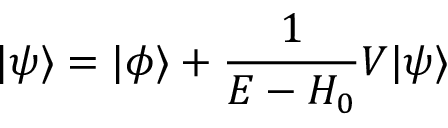
| \psi \rangle = | \phi \rangle + { \frac { 1 } { E - H _ { 0 } } } V | \psi \rangle